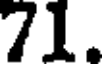
71.